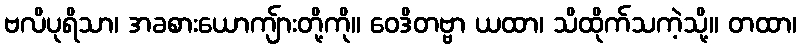
ဗလိပုရိသာ၊ အခစားယောကျ်ားတို့ကို။ ဝေဒိတဗ္ဗာ ယထာ၊ သိထိုက်သကဲ့သို့။ တထာ၊